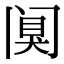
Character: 阒